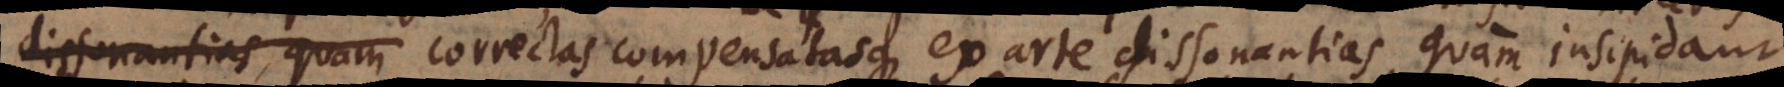
dissonantias quam compensatasque ex arte dissonantias, quam insipidam